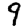
Digit: 9